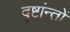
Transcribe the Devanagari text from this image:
दृष्टांन्तों